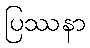
ပြဿနာ